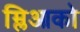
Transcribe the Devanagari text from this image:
म्लिआको